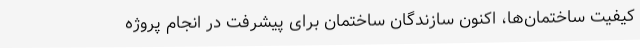
کیفیت ساختمان‌ها، اکنون سازندگان ساختمان برای پیشرفت در انجام پروژه